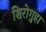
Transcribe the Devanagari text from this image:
शिरोगुहा